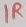
Text: 1R